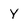
Character: Y